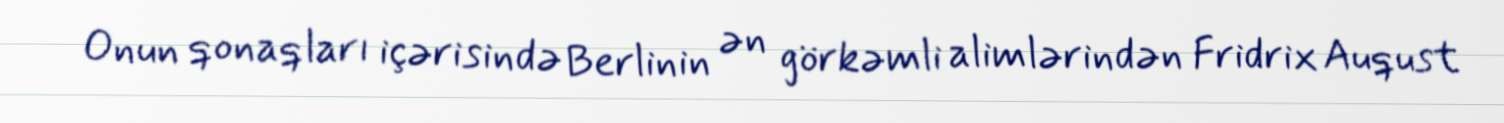
Onun qonaqları içərisində Berlinin ən görkəmli alimlərindən Fridrix Auqust